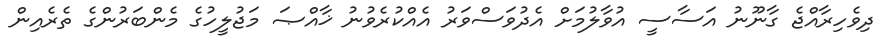
ދިވެހިރާއްޖެ ގާނޫނު އަސާސީ އުވާލުމަށް އެދުވަސްވަރު އެއްކުރެވުނު ޚާއްޞަ މަޖުލީހުގެ މެންބަރުންގެ ތެރެއިން